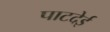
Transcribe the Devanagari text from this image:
पाटदेई